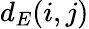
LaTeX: d_{E}(i,j)